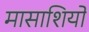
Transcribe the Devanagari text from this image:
मासाशियो